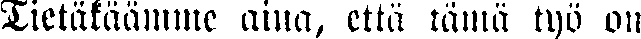
Tietäkäämme aina, että tämä työ on